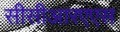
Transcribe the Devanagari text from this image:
सीसीआरएएस